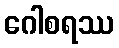
ဂေါစရဿ